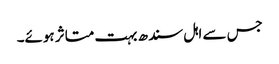
جس سے اہل سندھ بہت متاثر ہوئے۔